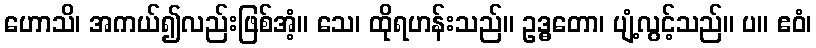
ဟောသိ၊ အကယ်၍လည်းဖြစ်အံ့။ သေ၊ ထိုရဟန်းသည်။ ဥဒ္ဓတော၊ ပျံ့လွင့်သည်။ ပ။ ဧဝံ၊